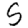
Digit: 5